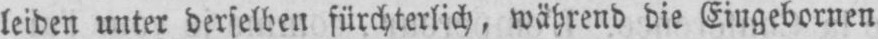
leiden unter derselben fürchterlich, während die Eingebornen